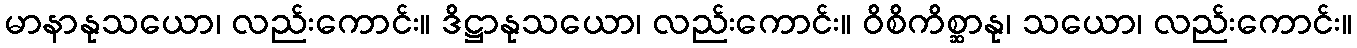
မာနာနုသယော၊ လည်းကောင်း။ ဒိဋ္ဌာနုသယော၊ လည်းကောင်း။ ဝိစိကိစ္ဆာနု၊ သယော၊ လည်းကောင်း။